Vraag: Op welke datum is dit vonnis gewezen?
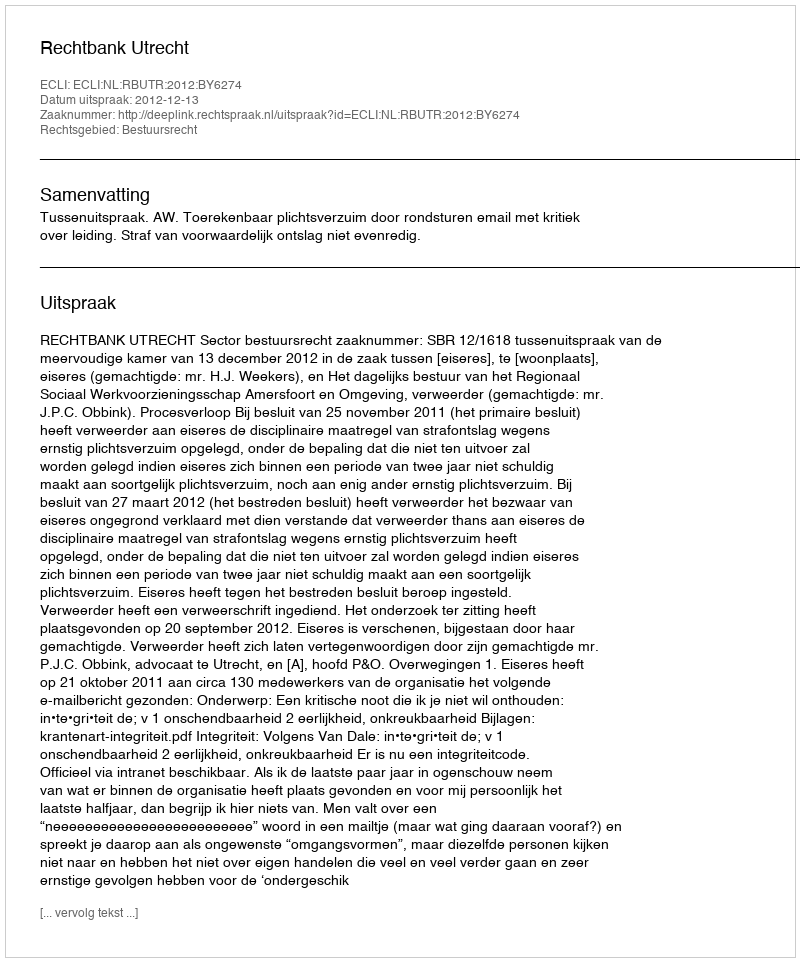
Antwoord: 2012-12-13